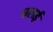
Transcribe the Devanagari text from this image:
चलई